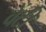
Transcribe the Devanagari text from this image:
वेंटी